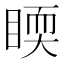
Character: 𥈇